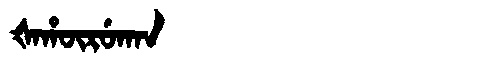
Manchu: ᡧᠠᡥᡡᡵᡠᡴᠠᠨ
Romanization: ŠAHŪRUKAN